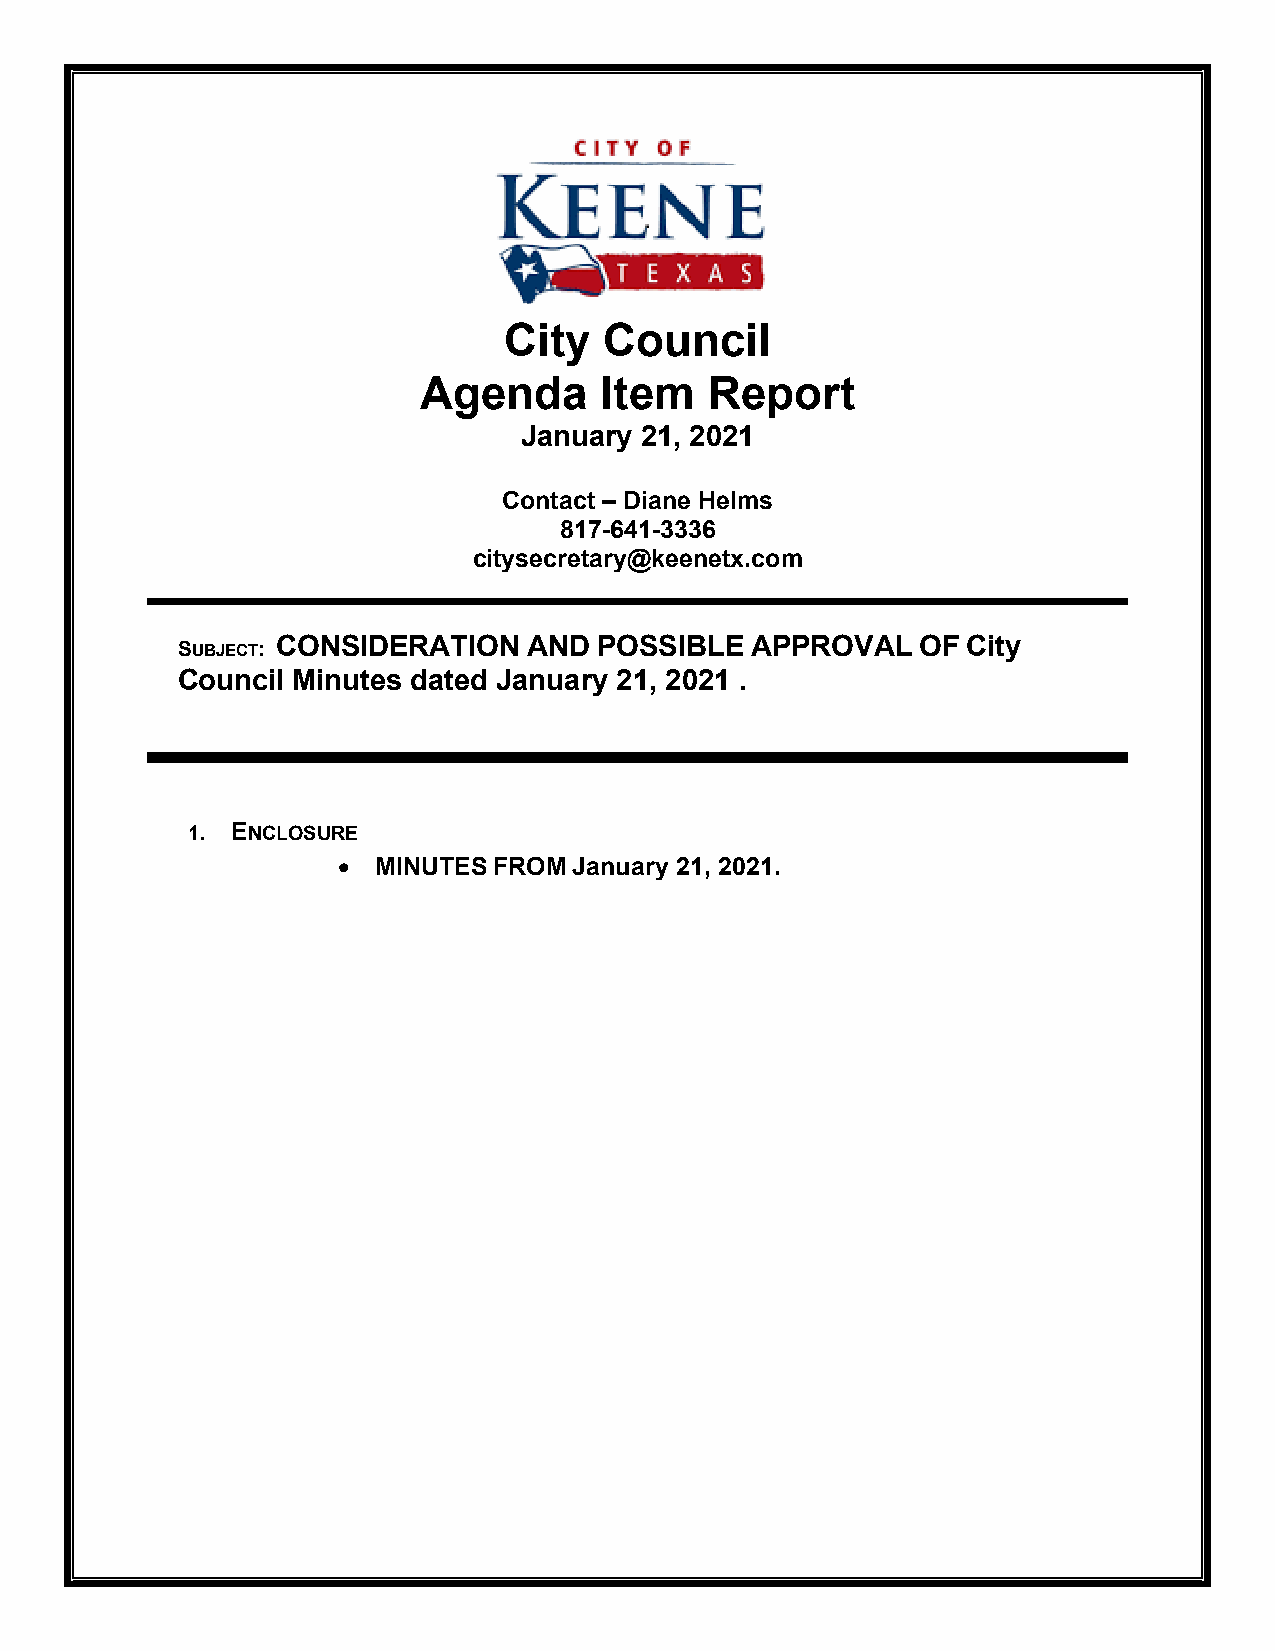
City   Council
 Agenda      Item   Report
 January 21, 2021
 Contact – Diane Helms
 817-641-3336
 citysecretary@keenetx.com
 SUBJECT: CONSIDERATION AND  POSSIBLE  APPROVAL   OF City
 Council Minutes dated January 21, 2021 .
 1. ENCLOSURE
 •  MINUTES FROM January 21, 2021.